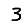
Digit: 3